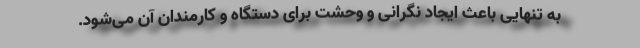
به تنهایی باعث ایجاد نگرانی و وحشت برای دستگاه و کارمندان آن می‌شود.